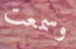
وسمعت